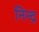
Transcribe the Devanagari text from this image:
निन्द्र